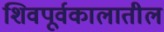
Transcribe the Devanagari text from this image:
शिवपूर्वकालातील